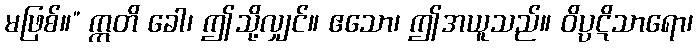
မဖြစ်။” ဣတိ ခေါ၊ ဤသို့လျှင်။ ဧသော၊ ဤအယူသည်။ ဝိပ္ပဋိသာရော၊